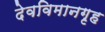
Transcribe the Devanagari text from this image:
देवविमानगृह